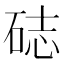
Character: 𥒺